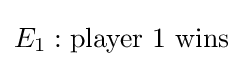
E_{1}:\mathrm {player\ 1\ wins}